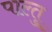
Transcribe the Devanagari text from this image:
पाल्तु